Source: Handwritten
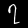
Digit: ၇ (7)